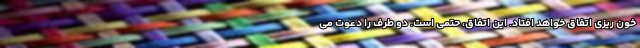
خون ریزی اتفاق خواهد افتاد. این اتفاق، حتمی است. دو طرف را دعوت می